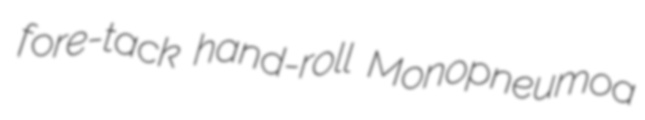
fore-tack hand-roll Monopneumoa